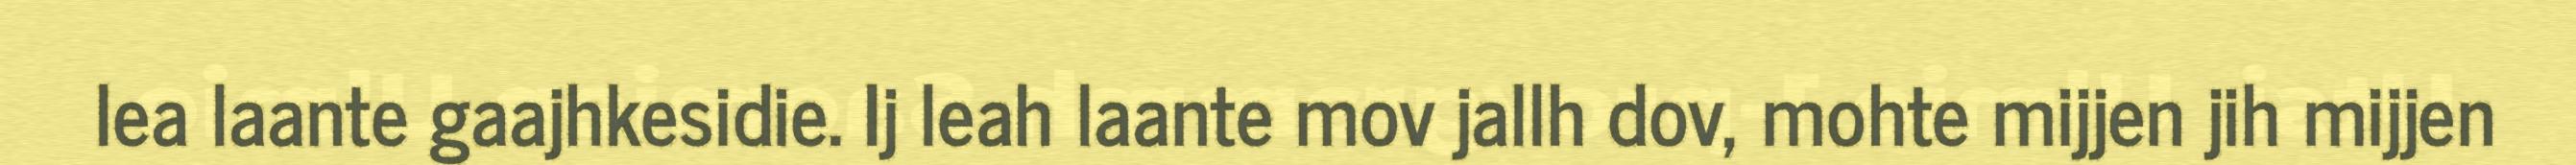
lea laante gaajhkesidie. Ij leah laante mov jallh dov, mohte mijjen jih mijjen